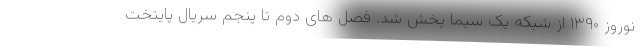
نوروز ۱۳۹۰ از شبکه یک سیما پخش شد. فصل های دوم تا پنجم سریال پایتخت